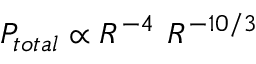
P _ { t o t a l } \propto R ^ { - 4 } ~ R ^ { - 1 0 / 3 }